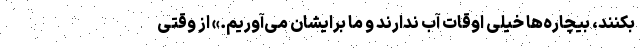
بکنند، بیچاره‌ها خیلی اوقات آب ندارند و ما برایشان می‌آوریم.» از وقتی